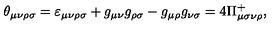
\theta _ { \mu \nu \rho \sigma } = \varepsilon _ { \mu \nu \rho \sigma } + g _ { \mu \nu } g _ { \rho \sigma } - g _ { \mu \rho } g _ { \nu \sigma } = 4 \Pi _ { \mu \sigma \nu \rho } ^ { + } ,